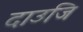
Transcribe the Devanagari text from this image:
दाउजि